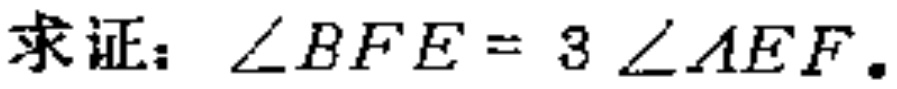
求证：\(\angle BFE = 3\angle AEF\)。